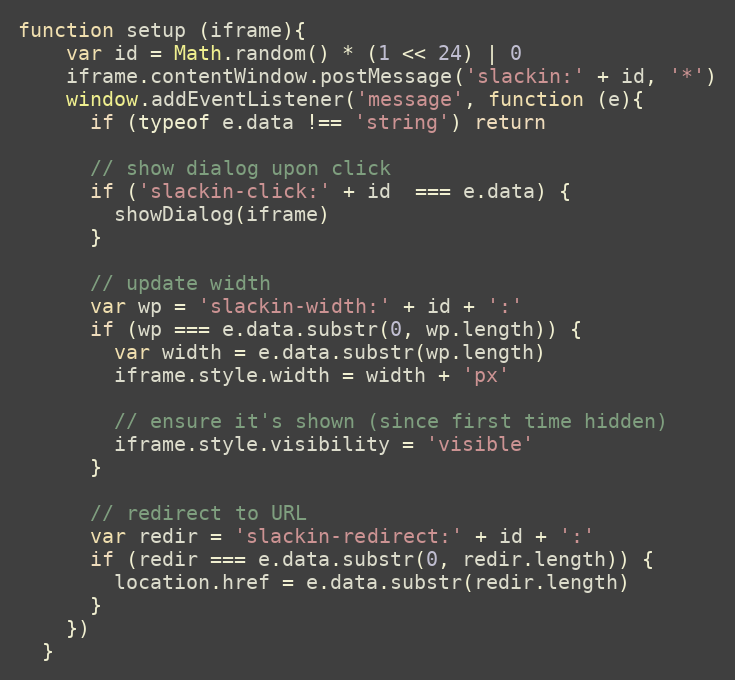
Language: JavaScript
function setup (iframe){
    var id = Math.random() * (1 << 24) | 0
    iframe.contentWindow.postMessage('slackin:' + id, '*')
    window.addEventListener('message', function (e){
      if (typeof e.data !== 'string') return

      // show dialog upon click
      if ('slackin-click:' + id  === e.data) {
        showDialog(iframe)
      }

      // update width
      var wp = 'slackin-width:' + id + ':'
      if (wp === e.data.substr(0, wp.length)) {
        var width = e.data.substr(wp.length)
        iframe.style.width = width + 'px'

        // ensure it's shown (since first time hidden)
        iframe.style.visibility = 'visible'
      }

      // redirect to URL
      var redir = 'slackin-redirect:' + id + ':'
      if (redir === e.data.substr(0, redir.length)) {
        location.href = e.data.substr(redir.length)
      }
    })
  }